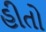
હીતો